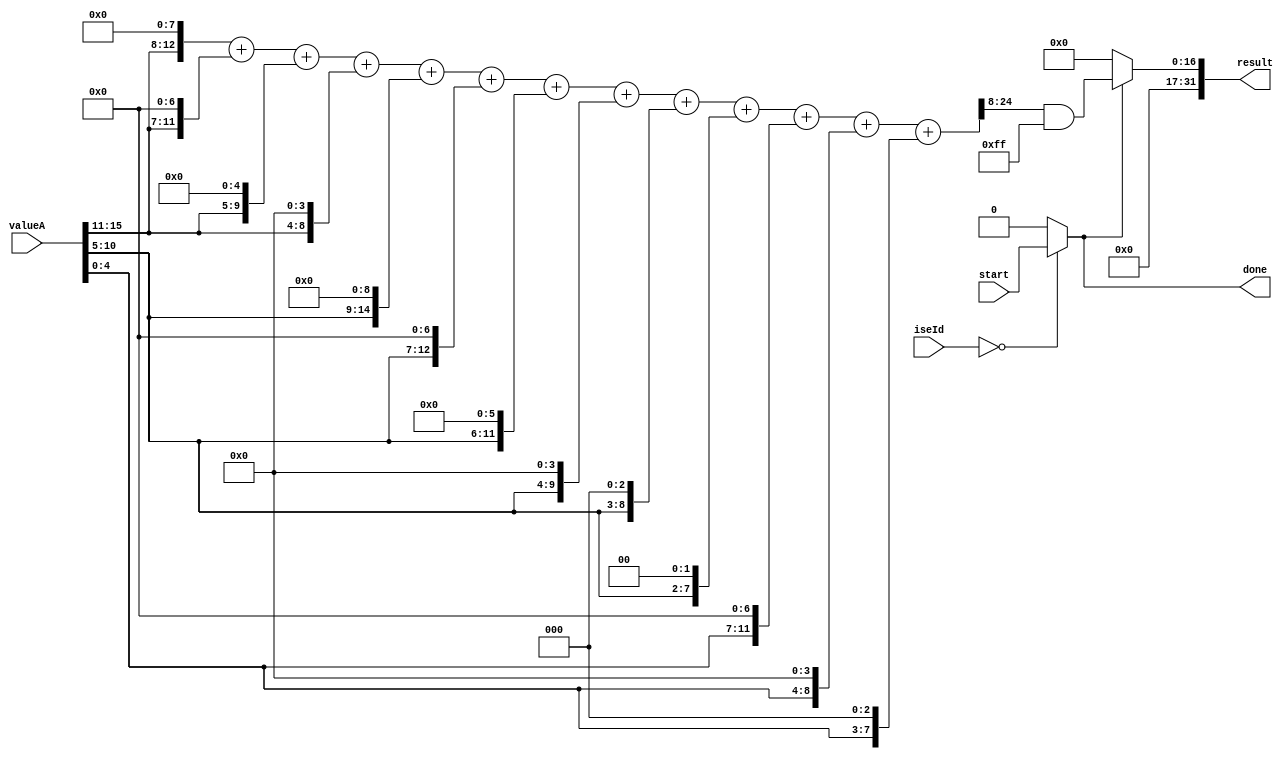
module rgb565GrayscaleIse # (parameter [7:0] customInstructionId = 8'd0)
                            (input wire         start,
                             input wire [31:0]  valueA,
                             input wire [7:0]   iseId,
                             output wire        done,
                             output wire [31:0] result);

    wire [15:0] R, G, B;
    wire [15:0] partialR1, partialR2, partialR3, partialR4;
    wire [15:0] partialG1, partialG2, partialG3, partialG4, partialG5;
    wire [15:0] partialB1, partialB2;
    wire [31:0] grayscale;

    // R values - 5 bit
    assign R = valueA[15:11] << 3;

    // G values - 6 bit
    assign G = valueA[10:5] << 2;

    // B values - 5 bit
    assign B = valueA[4:0] << 3;


    // Red multiplication
    assign partialR1 = R << 5;
    assign partialR2 = R << 4;
    assign partialR3 = R << 2;
    assign partialR4 = R << 1;

    // Green multiplication
    assign partialG1 = G << 7;
    assign partialG2 = G << 5;
    assign partialG3 = G << 4;
    assign partialG4 = G << 2;
    assign partialG5 = G << 1;

    // Blue multiplication
    assign partialB1 = B << 4;
    assign partialB2 = B << 1;

    // Grayscale conversion
    assign grayscale = (partialR1 + partialR2 + partialR3 + partialR4 + 
                        partialG1 + partialG2 + partialG3 + partialG4 + partialG5 + G + 
                        partialB1 + partialB2 + B) >> 8;
    
    // Output
    assign done = (iseId == customInstructionId) ? start : 1'b0;
    assign result = done ? (grayscale & 32'h000000FF) : 32'b0;

endmodule